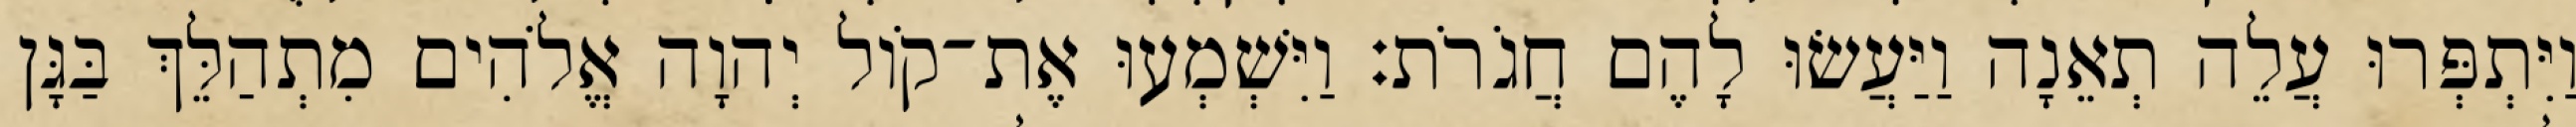
וַיִּתְפְּרוּ עֲלֵה תְאֵנָה וַיַּעֲשׂוּ לָהֶם חֲגֹרֹת׃ וַיִּשְׁמְעוּ אֶת־קֹול יְהוָה אֱלֹהִים מִתְהַלֵּךְ בַּגָּן